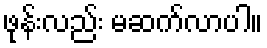
ဖုန်းလည်း မဆက်လာပါ။